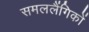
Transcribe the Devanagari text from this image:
समललैंगिकों